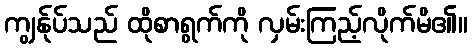
ကျွန်ုပ်သည် ထိုစာရွက်ကို လှမ်းကြည့်လိုက်မိ၏။